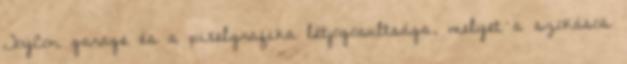
ToyCon garage és a pixelgrafika létjogosultsága, melyet a szokásos